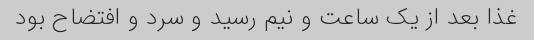
غذا بعد از یک ساعت و نیم رسید و سرد و افتضاح بود